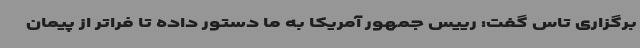
برگزاری تاس گفت: رییس جمهور آمریکا به ما دستور داده تا فراتر از پیمان